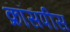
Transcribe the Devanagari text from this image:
क्रॉसपीस